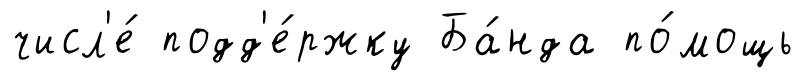
числ'е́ подд'е́ржку Ба́нда по́мощь